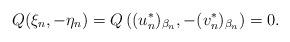
LaTeX: \begin{align*}\left.\begin{array}{ll}\displaystyle Q(\xi_n,-\eta_n)=Q\left((u^*_n)_{\beta_n},-(v^*_n)_{\beta_n}\right)=0.\end{array}\right.\end{align*}